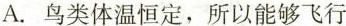
A.鸟类体温恒定，所以能够飞行